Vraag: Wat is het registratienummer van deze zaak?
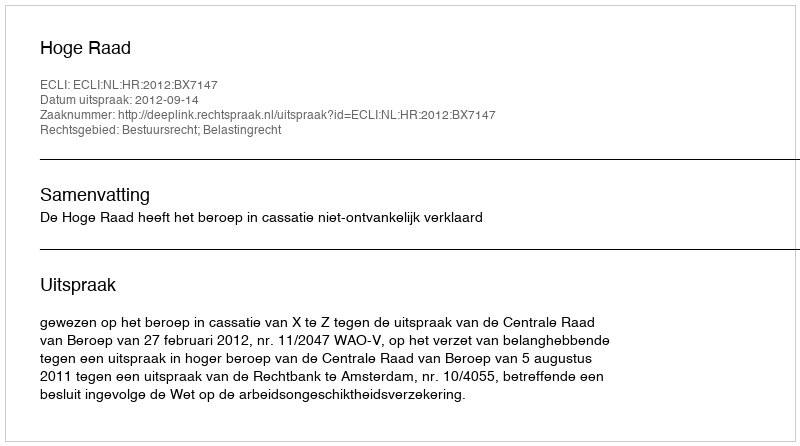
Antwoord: http://deeplink.rechtspraak.nl/uitspraak?id=ECLI:NL:HR:2012:BX7147